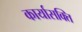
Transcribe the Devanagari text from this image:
कार्यासक्ति